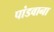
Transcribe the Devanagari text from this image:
पांडवाना